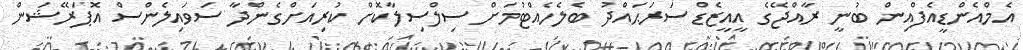
އެމްއެންޑީއެފްއިން ބުނީ ރާއްޖޭގެ އީއީޒެޑް ސަރަޙައްދު ބެލެހެއްޓުމަށް ސިލްސިލާކޮށް ކުރިއަށްގެންދާ ސަވައިލެންސް އޮޕަރޭޝަން